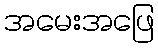
အမေးအဖြေ